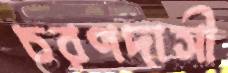
চরণদাসী